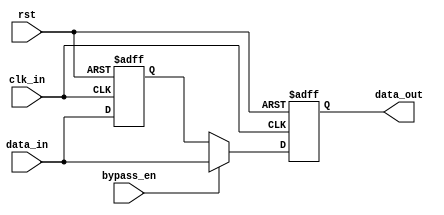
module Timing_Control_Synchronization_Bypass_Register (
    input wire clk_in,
    input wire rst,
    input wire data_in,
    input wire bypass_en,
    output reg data_out
);

reg data_sync;

always @(posedge clk_in or posedge rst) begin
    if (rst) begin
        data_sync <= 1'b0;
        data_out <= 1'b0;
    end else begin
        if (bypass_en) begin
            data_sync <= data_in;
            data_out <= data_in;
        end else begin
            data_sync <= data_in;
            data_out <= data_sync;
        end
    end
end

endmodule